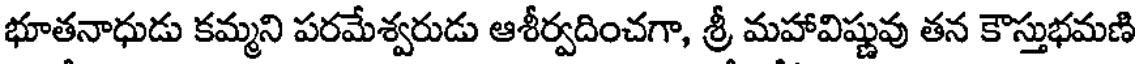
భూతనాధుడు కమ్మని పరమేశ్వరుడు ఆశీర్వదించగా, శ్రీ మహావిష్ణువు తన కౌస్తుభమణి